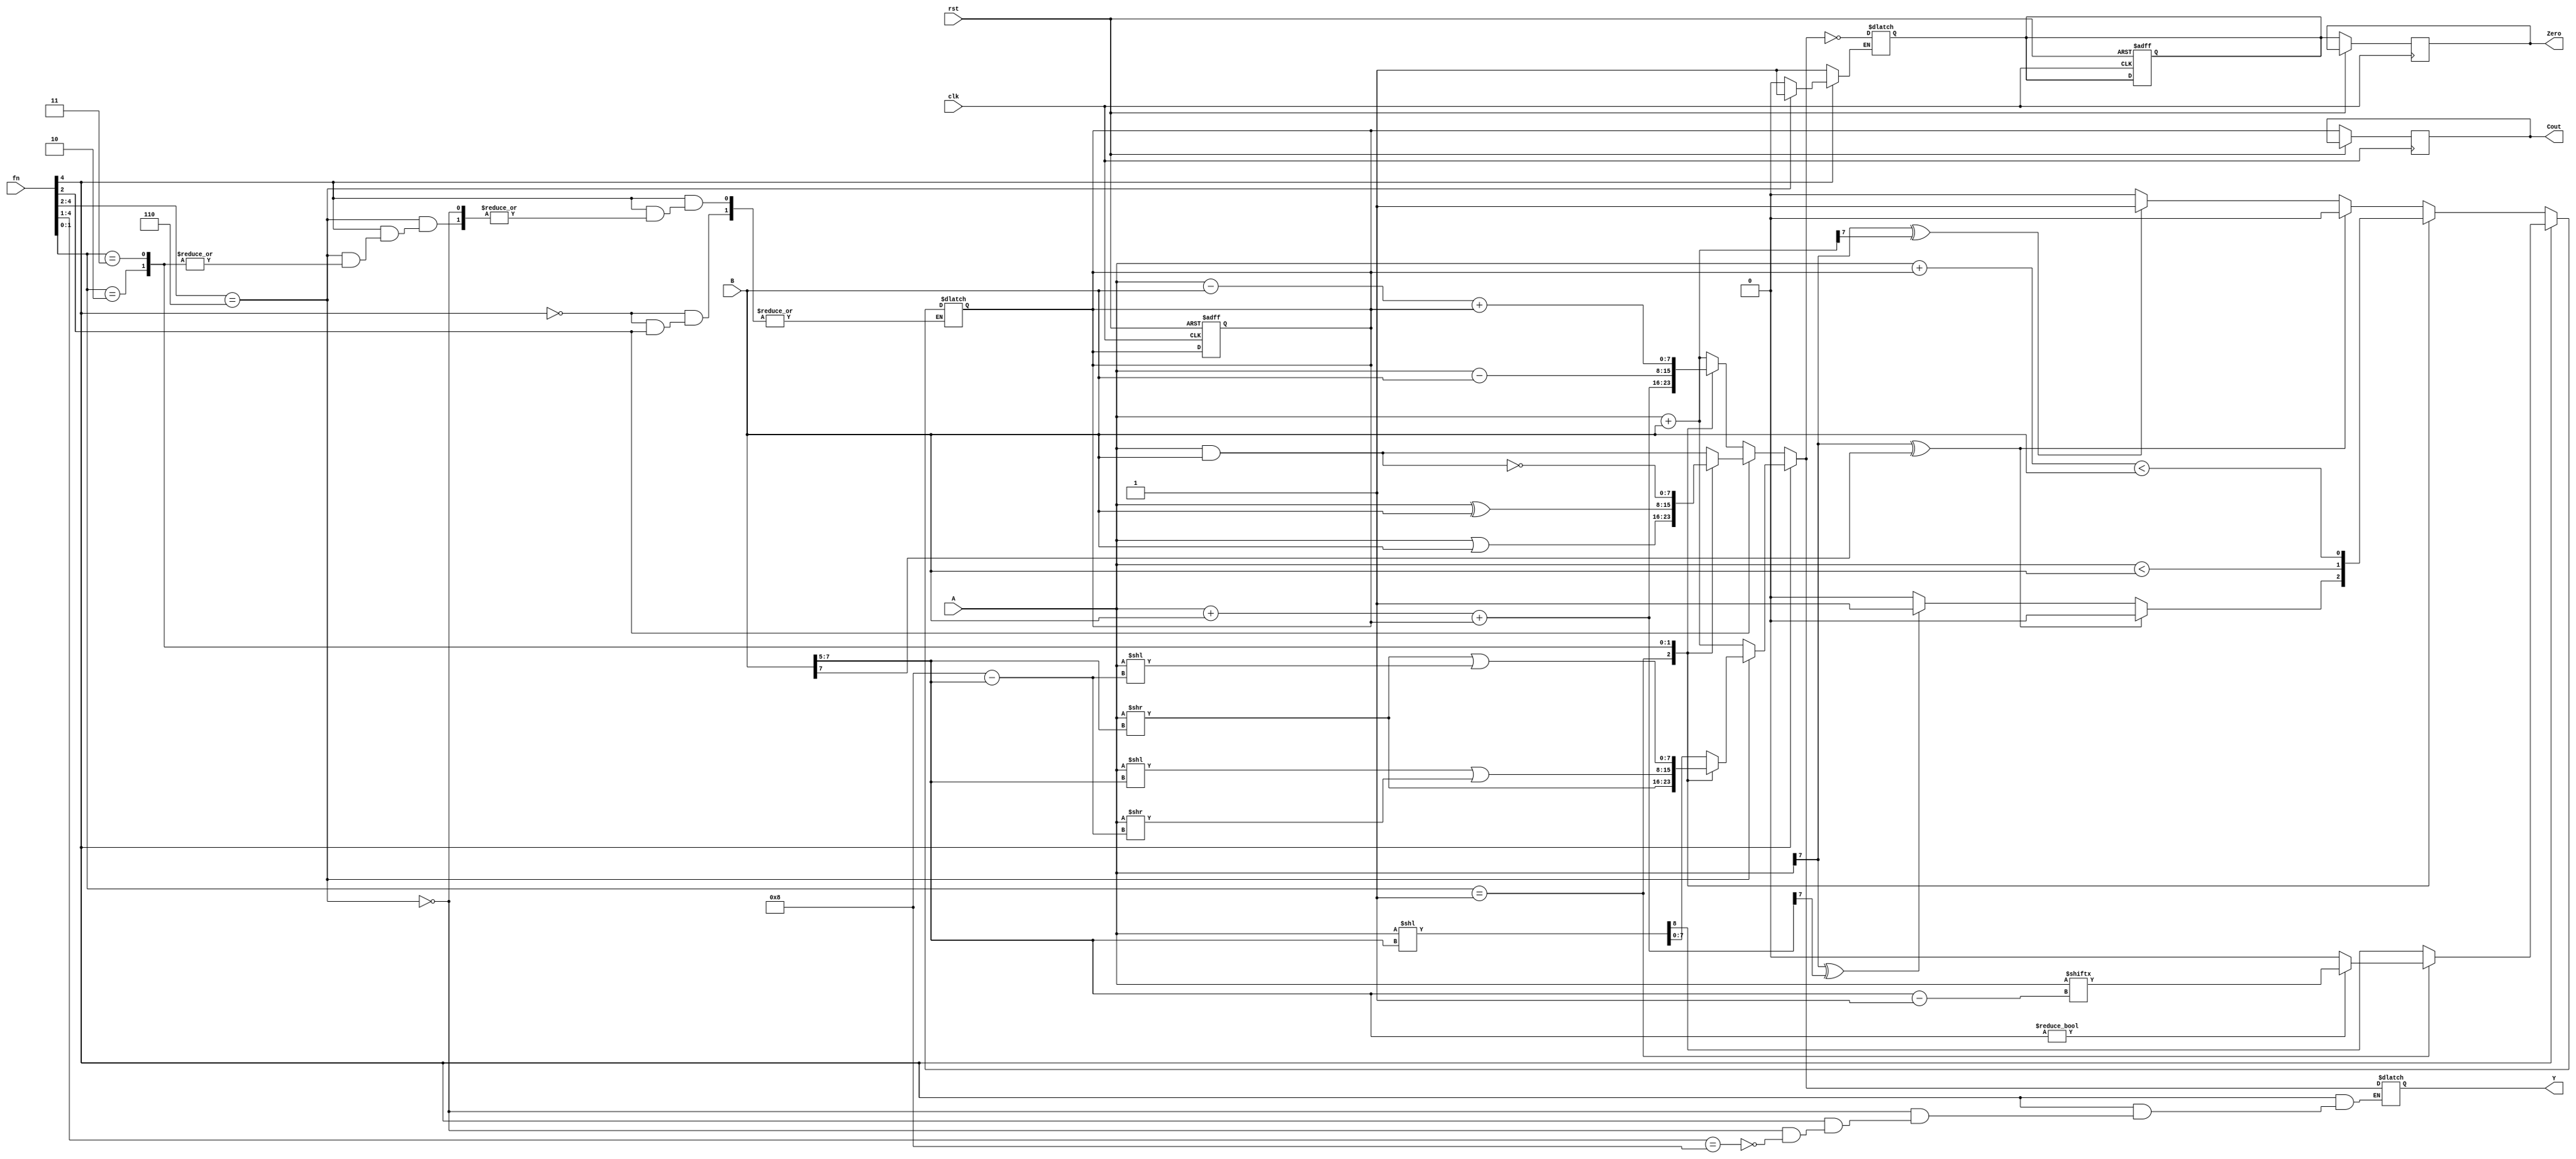
module ALU_31(input clk,rst,input[4:0] fn,input signed[7:0] A,B,output reg signed[7:0] Y,output Zero,Cout);
	reg z,co,enb;
	reg outPutZ,outPutCo;
	assign Zero = outPutZ;
	assign Cout = outPutCo;
	always@(posedge clk,posedge rst)
		if(rst)
		begin
			z=1'b0;
			co=1'b0;
		end
		else
		begin
			outPutZ = z;
			outPutCo = co;
		end
	always@(fn,A,B)
	begin
		enb=1;
		if(fn[4] == 0)
			begin
				case(fn[2])
					1'b0:
					case(fn[1:0])
						2'b00:
						begin
							Y = A + B;
							co = (A[7] ^ B[7]) ? 0 : ((A[7] ^ Y[7]) ? 1 : 0);
						end
						2'b01:
						begin
							Y = A + B + co;
							co = (A[7] ^ B[7]) ? 0 : ((A[7] ^ Y[7]) ? 1 : 0);
						end
						2'b10:
						begin
							Y = A - B;
							co = (A<B);
						end
						2'b11:
						begin
							Y = A - B + co;
							co = ((A+co)<B);
						end
					endcase
					1'b1:
					case(fn[1:0])
						2'b00: Y = A & B;
						2'b01: Y = A | B;
						2'b10: Y = A ^ B;
						2'b11: Y = ~(A & B);
					endcase
				endcase
			end
		else if(fn[4:2] == 3'b110)
			case(fn[1:0])
				2'b00: {co,Y} = A << B[7:5];
				2'b01:
				begin
					Y = A >> B[7:5];
					co = B[7:5] ? A[B[7:5]-1] : 0;
				end
				2'b10: Y = (A << B[7:5]) | (A >> (4'b1000-{1'b0,B[7:5]})); 
				2'b11: Y = (A >> B[7:5]) | (A << (4'b1000-{1'b0,B[7:5]})); 
			endcase
		else if(fn[4:1] == 4'b1000)
			begin
				Y = A + B;
				enb=0;
			end
		else enb=0;
		if (enb)
			z = (Y==0);
	end
endmodule